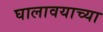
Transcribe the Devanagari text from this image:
घालावयाच्या